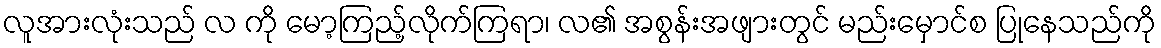
လူအားလုံးသည် လ ကို မော့ကြည့်လိုက်ကြရာ၊ လ၏ အစွန်းအဖျားတွင် မည်းမှောင်စ ပြုနေသည်ကို